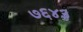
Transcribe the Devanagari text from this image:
७६४३